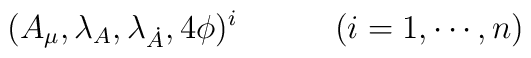
(A_\mu,\lambda_A,\lambda_{\dot A}, 4 \phi)^i \qquad \quad (i=1,\cdots,n)